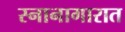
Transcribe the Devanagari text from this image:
स्नानागारात